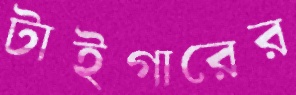
টাইগারের